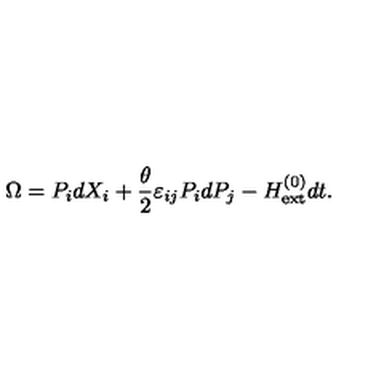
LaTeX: \Omega = P _ { i } d X _ { i } + \frac { \theta } { 2 } \varepsilon _ { i j } P _ { i } d P _ { j } - H _ { \mathrm { e x t } } ^ { ( 0 ) } d t .